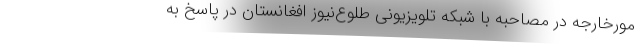
مورخارجه در مصاحبه با شبکه تلویزیونی طلوع‌نیوز افغانستان در پاسخ به